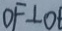
O F \bot O